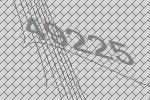
49225